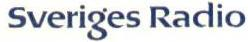
Sveriges Radio